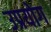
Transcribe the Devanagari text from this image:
उप्रयोग